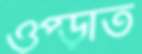
ওপ্‌ড়াত